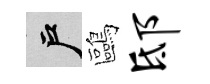
户鷗邸